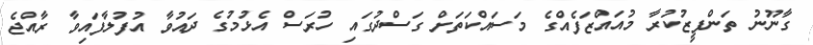
ގާނޫނު ތަންފީޒުކުރާ މުއައްޒަފެއްގެ މަސައްކަތަށް ގަސްދުގައި ހުރަސް އެޅުމުގެ ދައުވާ އުފުލާފައިވާ ރާއްޖެ